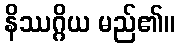
နိဿဂ္ဂိယ မည်၏။